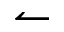
\leftharpoonup